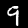
Digit: 9